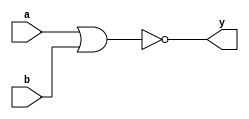
/** 
 * This is a Verilog implementation for a gate of type 2NOR.
 */

module dg_2NOR (
  a, b, 
  y
);

  // input ports
  input a;
  input b;

  // output ports
  output y;

  assign y = ~(a | b);

endmodule